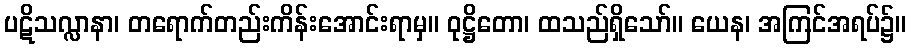
ပဋိသလ္လာနာ၊ တရောက်တည်းကိန်းအောင်းရာမှ။ ဝုဋ္ဌိတော၊ ထသည်ရှိသော်။ ယေန၊ အကြင်အရပ်၌။